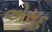
એસ૬